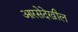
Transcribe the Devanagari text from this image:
आरसेदेखील